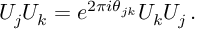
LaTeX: U _ { j } U _ { k } = e ^ { 2 \pi i \theta _ { j k } } U _ { k } U _ { j } \, .